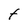
Character: t